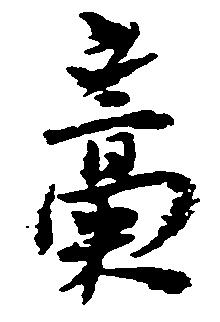
藁